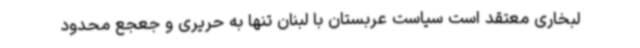
لبخاری معتقد است سیاست عربستان با لبنان تنها به حریری و جعجع محدود